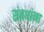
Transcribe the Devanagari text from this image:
संबधांना